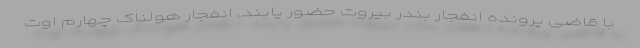
با قاضی پرونده انفجار بندر بیروت حضور یابند. انفجار هولناک چهارم اوت